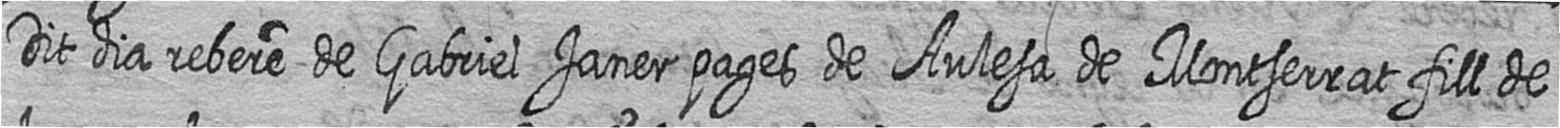
Dit dia rebere de Gabriel Janer pages de Aulesa de Montserrat fill de